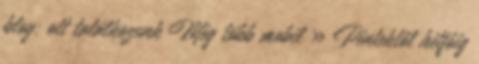
blog: ott találkozunk Még több mobil » Péntektől hétfőig